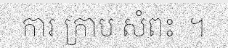
ការ ក្រាប សំពះ  ។